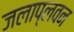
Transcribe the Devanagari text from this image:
जलाप्लवन